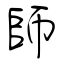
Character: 師